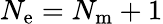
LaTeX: N_{\mathrm{e}}=N_{\mathrm{{m}}}+1